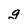
Character: g